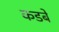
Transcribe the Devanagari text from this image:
कडबे